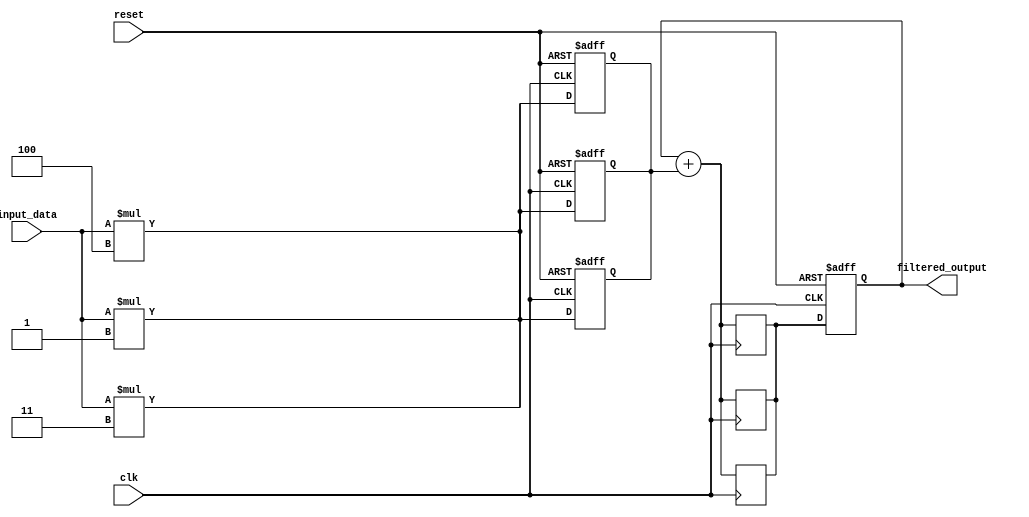
module FIR_filter(
    input wire clk,
    input wire reset,
    input wire [15:0] input_data,
    output wire [15:0] filtered_output
);

// Define filter coefficients
parameter COEFF_0 = 4'd3;
parameter COEFF_1 = 4'd4;
parameter COEFF_2 = 4'd1;

// Define registers to store intermediate values
reg [15:0] data_reg;
reg [15:0] feedback_reg;

// Multiplier and adder
reg [15:0] multiply_result;
reg [15:0] adder_result;

// Stage 0 - Multiplier and Adder
assign multiply_result = input_data * COEFF_0;
always @(posedge clk or posedge reset) begin
    if (reset) begin
        data_reg <= 16'd0;
    end else begin
        data_reg <= multiply_result;
    end
end
always @(posedge clk) begin
    adder_result <= feedback_reg + data_reg;
end

// Stage 1 - Multiplier and Adder
assign multiply_result = input_data * COEFF_1;
always @(posedge clk or posedge reset) begin
    if (reset) begin
        data_reg <= 16'd0;
    end else begin
        data_reg <= multiply_result;
    end
end
always @(posedge clk) begin
    adder_result <= feedback_reg + data_reg;
end

// Stage 2 - Multiplier and Adder
assign multiply_result = input_data * COEFF_2;
always @(posedge clk or posedge reset) begin
    if (reset) begin
        data_reg <= 16'd0;
    end else begin
        data_reg <= multiply_result;
    end
end
always @(posedge clk) begin
    adder_result <= feedback_reg + data_reg;
end

// Accumulate the filtered output
always @(posedge clk or posedge reset) begin
    if (reset) begin
        feedback_reg <= 16'd0;
    end else begin
        feedback_reg <= adder_result;
    end
end

assign filtered_output = feedback_reg;

endmodule